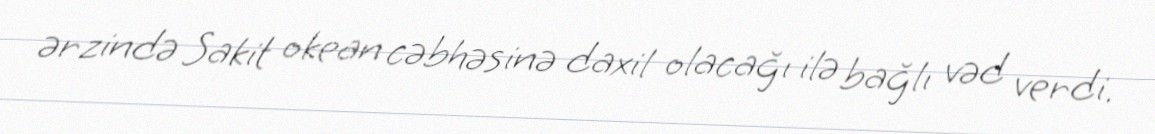
ərzində Sakit okean cəbhəsinə daxil olacağı ilə bağlı vəd verdi.